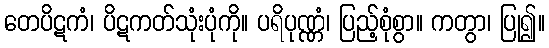
တေပိဋကံ၊ ပိဋကတ်သုံးပုံကို။ ပရိပုဏ္ဏံ၊ ပြည့်စုံစွာ။ ကတွာ၊ ပြု၍။